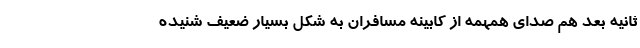
ثانیه بعد هم صدای همهمه از کابینه مسافران به شکل بسیار ضعیف شنیده